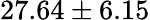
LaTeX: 27.64\pm 6.15